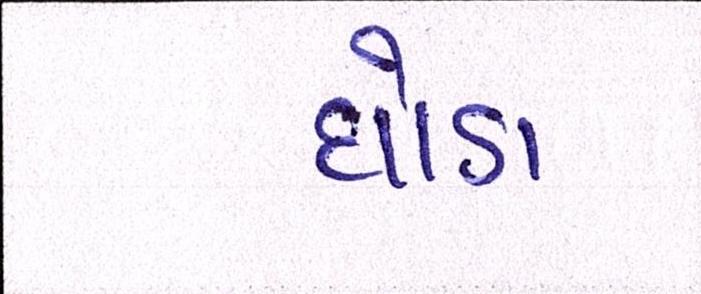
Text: ઘોડા